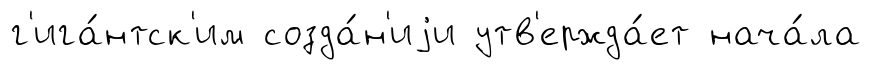
г'ига́нтск'им созда́н'иjи утв'ержда́ет нача́ла